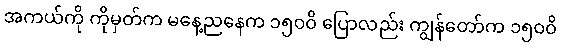
အကယ်ကို ကိုမှတ်က မနေ့ညနေက ၁၅၀၀ိ ပြောလည်း ကျွန်တော်က ၁၅၀၀ိ